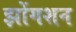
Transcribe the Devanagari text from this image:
झोंगशन